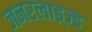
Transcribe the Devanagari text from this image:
जनरलाइज़्ड